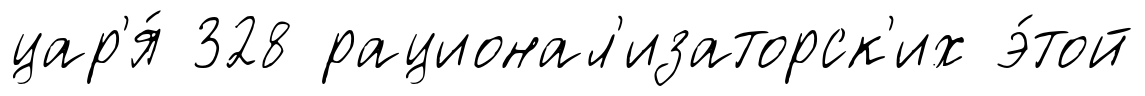
цар'я́ 328 рационал'изаторск'их э́той